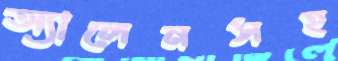
অ্যালেনসহ